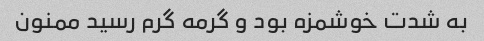
به شدت خوشمزه بود و گرمه گرم رسید ممنون